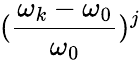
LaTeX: (\frac{\omega_{k}-\omega_{0}}{\omega_{0}})^{j}